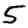
Digit: 5